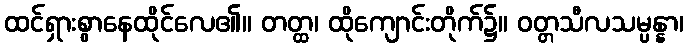
ထင်ရှားစွာနေထိုင်လေ၏။ တတ္ထ၊ ထိုကျောင်းတိုက်၌။ ဝတ္တသီလသမ္ပန္နာ၊